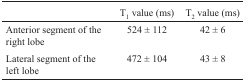
|  | T1 value (ms) | T2 value (ms) |
 | --- | --- | --- |
 | Anterior segment of the right lobe | 524 ± 112 | 42 ± 6 |
 | Lateral segment of the left lobe | 472 ± 104 | 43 ± 8 |